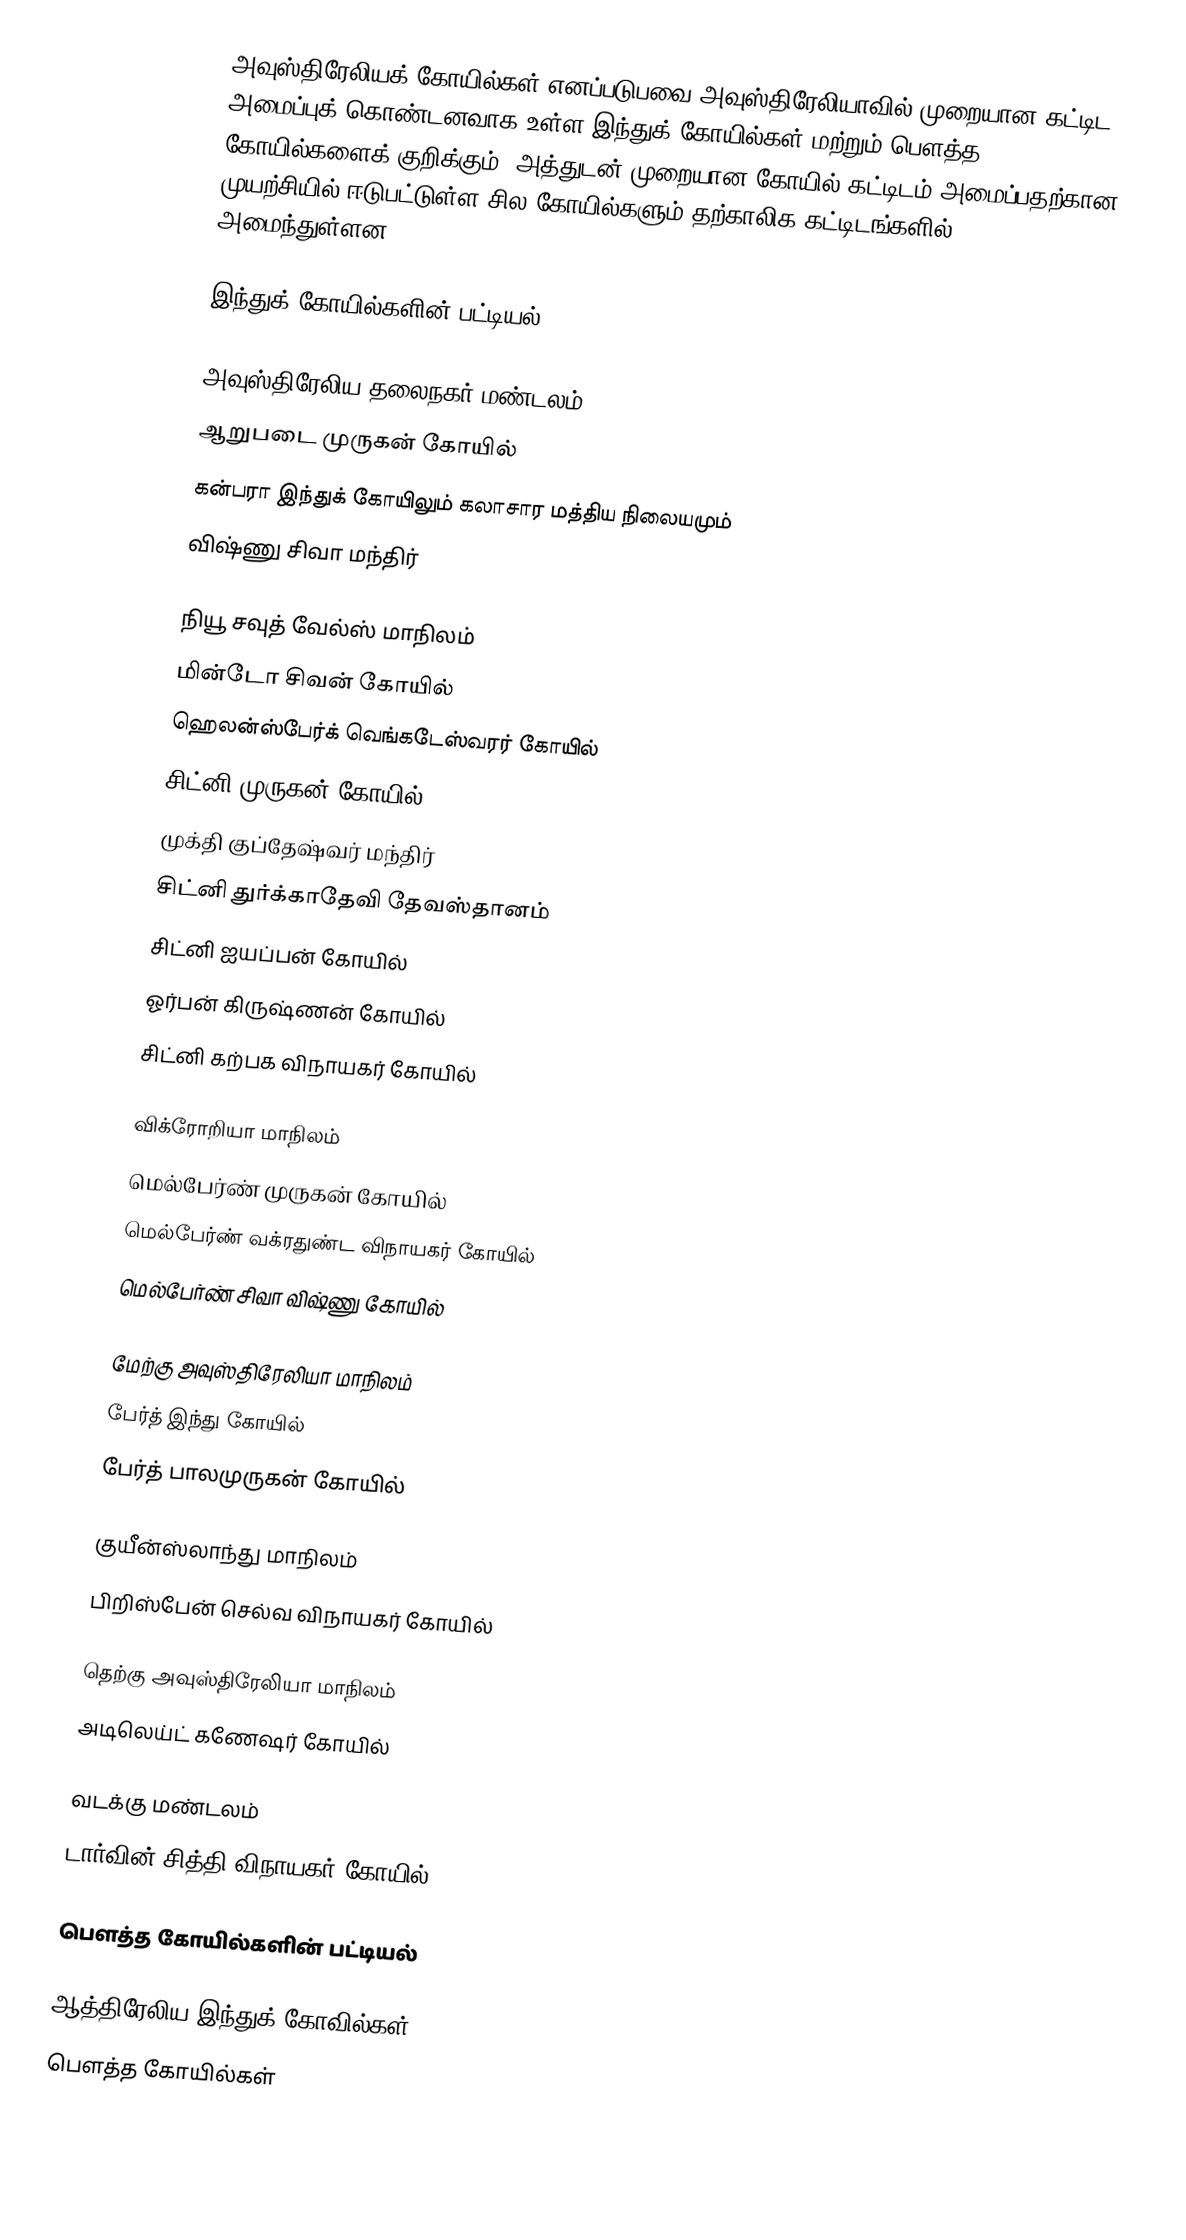
அவுஸ்திரேலியக் கோயில்கள் எனப்படுபவை அவுஸ்திரேலியாவில் முறையான கட்டிட அமைப்புக் கொண்டனவாக உள்ள இந்துக் கோயில்கள் மற்றும் பௌத்த கோயில்களைக் குறிக்கும். அத்துடன் முறையான கோயில் கட்டிடம் அமைப்பதற்கான முயற்சியில் ஈடுபட்டுள்ள சில கோயில்களும் தற்காலிக கட்டிடங்களில் அமைந்துள்ளன.

இந்துக் கோயில்களின் பட்டியல்

அவுஸ்திரேலிய தலைநகர் மண்டலம்
 ஆறுபடை முருகன் கோயில்
 கன்பரா இந்துக் கோயிலும் கலாசார மத்திய நிலையமும்
 விஷ்ணு சிவா மந்திர்

நியூ சவுத் வேல்ஸ் மாநிலம்
 மின்டோ சிவன் கோயில்
 ஹெலன்ஸ்பேர்க் வெங்கடேஸ்வரர் கோயில்
 சிட்னி முருகன் கோயில்
 முக்தி குப்தேஷ்வர் மந்திர்
 சிட்னி துர்க்காதேவி தேவஸ்தானம்
 சிட்னி ஐயப்பன் கோயில்
 ஓர்பன் கிருஷ்ணன் கோயில்
 சிட்னி கற்பக விநாயகர் கோயில்

விக்ரோறியா மாநிலம்
 மெல்பேர்ண் முருகன் கோயில்
 மெல்பேர்ண் வக்ரதுண்ட விநாயகர் கோயில்
 மெல்பேர்ண் சிவா விஷ்ணு கோயில்

மேற்கு அவுஸ்திரேலியா மாநிலம்
 பேர்த் இந்து கோயில்
 பேர்த் பாலமுருகன் கோயில்

குயீன்ஸ்லாந்து மாநிலம்
 பிறிஸ்பேன் செல்வ விநாயகர் கோயில்

தெற்கு அவுஸ்திரேலியா மாநிலம்
 அடிலெய்ட் கணேஷர் கோயில்

வடக்கு மண்டலம்
 டார்வின் சித்தி விநாயகர் கோயில்

பௌத்த கோயில்களின் பட்டியல்

ஆத்திரேலிய இந்துக் கோவில்கள்
பௌத்த கோயில்கள்